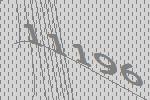
11196